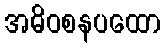
အဓိဝစနပထော